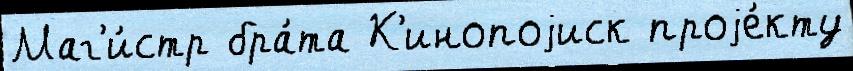
Маг'и́стр бра́та К'инопоjиск проjе́кту